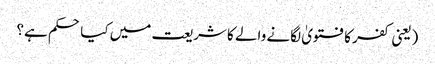
(یعنی کفر کا فتویٰ لگانے والے کا شریعت میں کیا حکم ہے؟